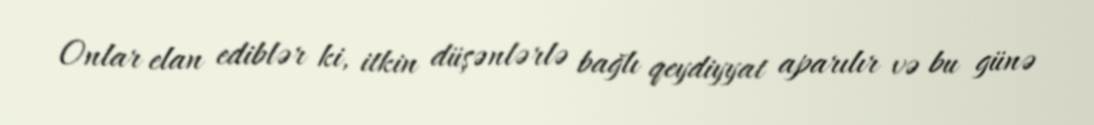
Onlar elan ediblər ki, itkin düşənlərlə bağlı qeydiyyat aparılır və bu günə